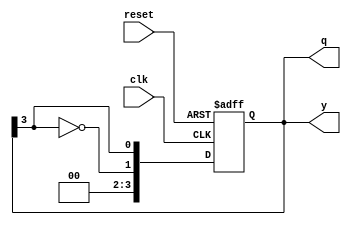
module johnson_counter_moore (
    input wire clk,          // Clock input
    input wire reset,        // Asynchronous reset
    output reg [n-1:0] q,    // Counter output
    output reg [n-1:0] y      // Output logic representing the state, specific behavior can be defined here
);
    parameter n = 4; // Number of flip-flops (you can change this value as needed)
    
    // Asynchronous reset and state transition logic
    always @(posedge clk or posedge reset) begin
        if (reset) begin
            // Reset all flip-flops to zero
            q <= 0;
        end else begin
            // Johnson Counter state transition
            q <= {~q[n-1], q[n-1:n-1]}; // Invert the last flip-flop and shift
        end
    end

    // Moore output logic based on the current state
    always @(*) begin
        // Example output logic: can be modified as needed
        // Here, output is simply the current state value
        y = q;
    end

endmodule